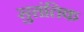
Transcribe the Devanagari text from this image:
सुत्तंतिक